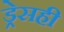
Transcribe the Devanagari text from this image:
ड्रेसही